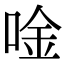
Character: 唫